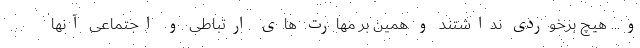
و... هیچ برخوردی نداشتند و همین بر مهارت های ارتباطی و اجتماعی آنها